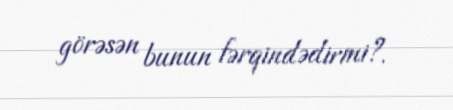
görəsən bunun fərqindədirmi?.